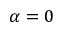
\alpha = 0